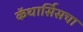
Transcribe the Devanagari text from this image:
कॅथार्सिसचा